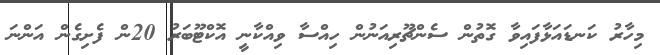
މިހާރު ކަނޑައަޅާފައިވާ ގޮތުން ސެންޗޫރިއަނުން ހިއްސާ ވިއްކާނީ އޮކްޓޫބަރު 20ން ފެށިގެން އަންނަ